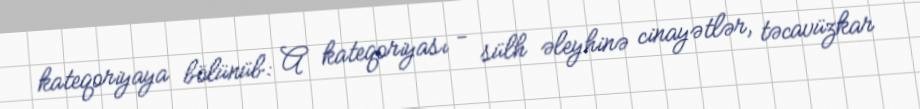
kateqoriyaya bölünüb: A kateqoriyası - sülh əleyhinə cinayətlər, təcavüzkar